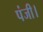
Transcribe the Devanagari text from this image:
पंजी।